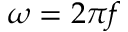
\omega = 2 \pi f